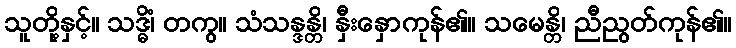
သူတို့နှင့်။ သဒ္ဓိံ၊ တကွ။ သံသန္ဒန္တိ၊ နှီးနှောကုန်၏။ သမေန္တိ၊ ညီညွတ်ကုန်၏။